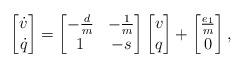
LaTeX: \begin{align*}\begin{bmatrix} \dot{v} \\ \dot{q} \end{bmatrix} = \begin{bmatrix} -\frac{d}{m} & -\frac{1}{m} \\ 1 & -s \end{bmatrix}\begin{bmatrix} v \\ q \end{bmatrix} + \begin{bmatrix} \frac{e_1}{m} \\ 0 \end{bmatrix},\end{align*}